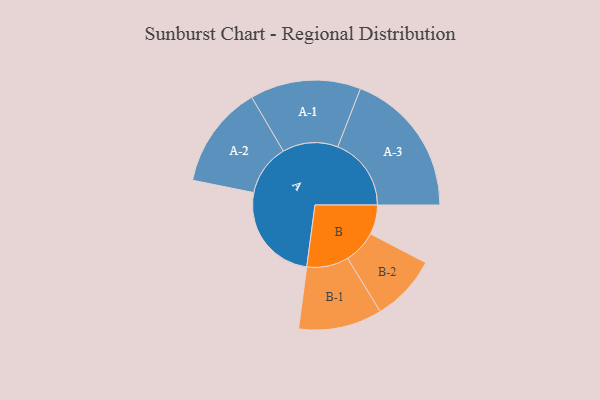
{"axis": {"x": "Segment", "y": "Value"}, "legend": ["", "A", "B"], "data": [{"x": "A", "y": 406, "type": ""}, {"x": "B", "y": 119, "type": ""}, {"x": "A-1", "y": 224, "type": "A"}, {"x": "A-2", "y": 208, "type": "A"}, {"x": "A-3", "y": 297, "type": "A"}, {"x": "B-1", "y": 169, "type": "B"}, {"x": "B-2", "y": 134, "type": "B"}]}